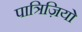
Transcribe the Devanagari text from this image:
पात्रिज़ियो